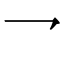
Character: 𪛙